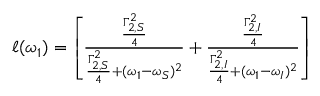
\begin{array} { r } { \ell ( \omega _ { 1 } ) = \left[ \frac { \frac { \Gamma _ { 2 , S } ^ { 2 } } { 4 } } { \frac { \Gamma _ { 2 , S } ^ { 2 } } { 4 } + ( \omega _ { 1 } - \omega _ { S } ) ^ { 2 } } + \frac { \frac { \Gamma _ { 2 , I } ^ { 2 } } { 4 } } { \frac { \Gamma _ { 2 , I } ^ { 2 } } { 4 } + ( \omega _ { 1 } - \omega _ { I } ) ^ { 2 } } \right] } \end{array}